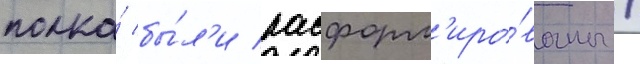
полка́ бы́л'и расформ'иро́ваны /